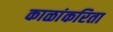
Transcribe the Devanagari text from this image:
काळांकरिता